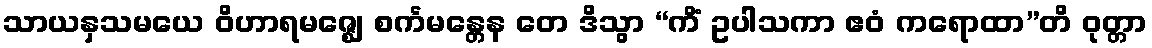
သာယနှသမယေ ဝိဟာရမဇ္ဈေ စင်္ကမန္တေန တေ ဒိသွာ “ကိံ ဥပါသကာ ဧဝံ ကရောထာ”တိ ဝုတ္တာ